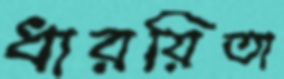
ধারয়িতা